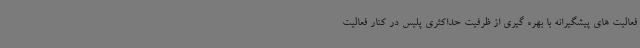
فعالیت های پیشگیرانه با بهره گیری از ظرفیت حداکثری پلیس در کنار فعالیت